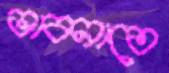
ভাবনাতে